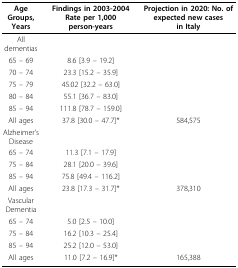
| Age Groups, Years | Findings in 2003-2004 Rate per 1,000 person-years | Projection in 2020: No. of expected new cases in Italy |
 | --- | --- | --- |
 | All dementias |  |  |
 | 65 – 69 | 8.6 [3.9 – 19.2] |  |
 | 70 – 74 | 23.3 [15.2 – 35.9] |  |
 | 75 – 79 | 45.02 [32.2 – 63.0] |  |
 | 80 – 84 | 55.1 [36.7 – 83.0] |  |
 | 85 – 94 | 111.8 [78.7 – 159.0] |  |
 | All ages | 37.8 [30.0 – 47.7]* | 584,575 |
 | Alzheimer’s Disease |  |  |
 | 65 – 74 | 11.3 [7.1 – 17.9] |  |
 | 75 – 84 | 28.1 [20.0 – 39.6] |  |
 | 85 – 94 | 75.8 [49.4 – 116.2] |  |
 | All ages | 23.8 [17.3 – 31.7]* | 378,310 |
 | Vascular Dementia |  |  |
 | 65 – 74 | 5.0 [2.5 – 10.0] |  |
 | 75 – 84 | 16.2 [10.3 – 25.4] |  |
 | 85 – 94 | 25.2 [12.0 – 53.0] |  |
 | All ages | 11.0 [7.2 – 16.9]* | 165,388 |